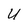
Character: U